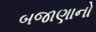
બજાણાનો